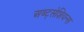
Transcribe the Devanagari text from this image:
अब्ट्सेशियन्स